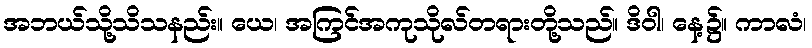
အဘယ်သို့သိသနည်း။ ယေ၊ အကြင်အကုသိုလ်တရားတို့သည်။ ဒိဝါ၊ နေ့၌။ ကာလံ၊